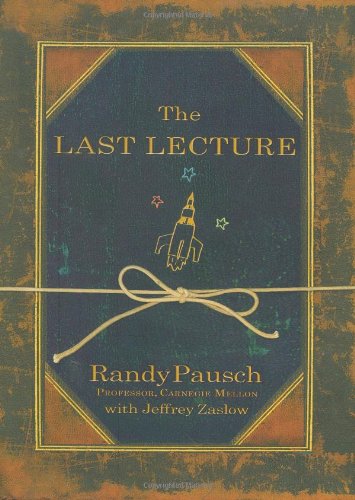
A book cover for The Last Lecture; Randy Pausch; Humor & Entertainment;